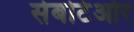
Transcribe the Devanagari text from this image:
सेबोटेओर